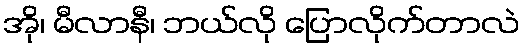
အို၊ မီလာနီ၊ ဘယ်လို ပြောလိုက်တာလဲ